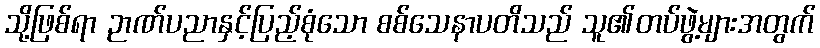
သို့ဖြစ်ရာ ဉာဏ်ပညာနှင့်ပြည့်စုံသော စစ်သေနာပတိသည် သူ၏တပ်ဖွဲ့များအတွက်